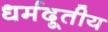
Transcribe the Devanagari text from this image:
धर्मदूतीय